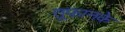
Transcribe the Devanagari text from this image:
तूफानके